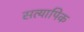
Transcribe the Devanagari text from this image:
सत्यापिक